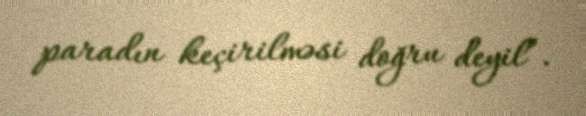
paradın keçirilməsi doğru deyil”.